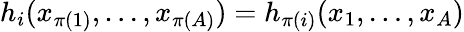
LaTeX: h_{i}(x_{\pi(1)},\ldots,x_{\pi(A)})=h_{\pi(i)}(x_{1},\ldots,x_{A})